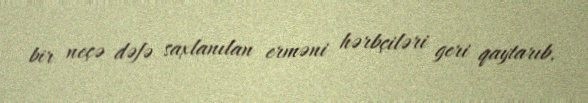
bir neçə dəfə saxlanılan erməni hərbçiləri geri qaytarıb.